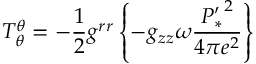
T _ { \theta } ^ { \theta } = - \frac { 1 } { 2 } g ^ { r r } \left\{ - g _ { z z } \omega \frac { { P _ { * } ^ { \prime } } ^ { 2 } } { 4 \pi e ^ { 2 } } \right\}